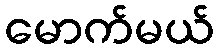
မောက်မယ်